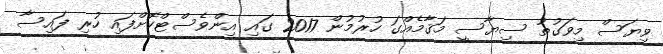
ވިޔަސް މިވަގުތު ސިޔާސީ މަޤާމެއްގަ ހުރުމުން 2017 ގައި އިންވެސްޓްކޮށްފައި ހުރި ފައިސާ